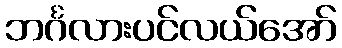
ဘင်္ဂလားပင်လယ်အော်